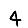
Digit: 4